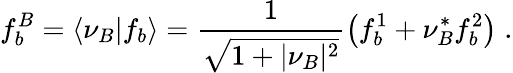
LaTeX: f_{b}^{B}=\langle\nu_{B}\vert f_{b}\rangle={\frac{1}{\sqrt{1+\vert\nu_{B}\vert^{2}}}}\bigl(f_{b}^{1}+\nu_{B}^{*}f_{b}^{2}\bigr)\; .